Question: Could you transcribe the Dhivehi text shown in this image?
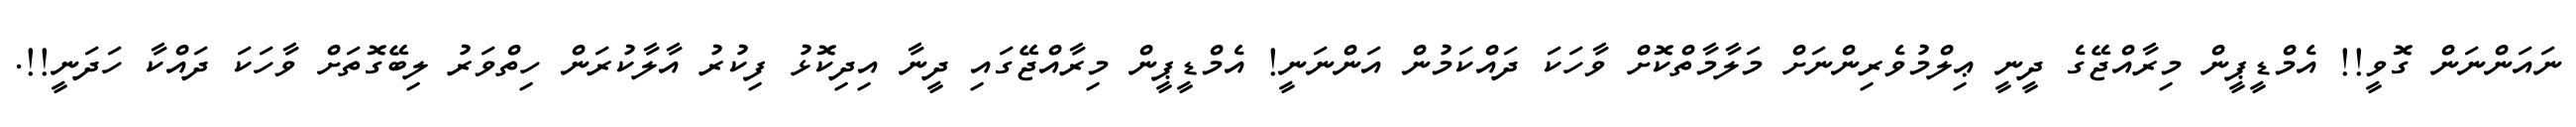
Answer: ނައަންނަން ގޮވީ!! އެމްޑީޕީން މިރާއްޖޭގެ ދީނީ ޢިލްމުވެރިންނަށް މަލާމާތްކޮށް ވާހަކަ ދައްކަމުން އަންނަނީ! އެމްޑީޕީން މިރާއްޖޭގައި ދީނާ އިދިކޮޅު ފިކުރު އާލާކުރަން ހިތްވަރު ލިބޭގޮތަށް ވާހަކަ ދައްކާ ހަދަނީ!!.